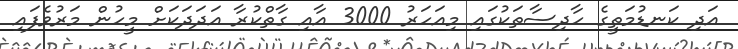
އަދި ކަނޑުމަތީގެ ހާދިސާތަކުގައި މިއަހަރު 3000 އާއި ގާތްކުރާ އަދަދަކަށް މީހުން މަރުވެފައި